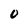
Character: O